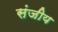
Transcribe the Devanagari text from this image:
संजीय